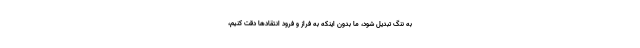
به ننگ تبدیل شود، ما بدون اینکه به فراز و فرود انتقادها دقت کنیم،